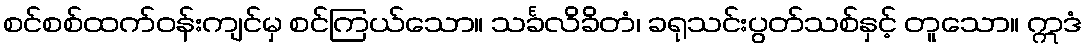
စင်စစ်ထက်ဝန်းကျင်မှ စင်ကြယ်သော။ သင်္ခလိခိတံ၊ ခရုသင်းပွတ်သစ်နှင့် တူသော။ ဣဒံ